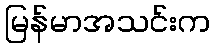
မြန်မာအသင်းက